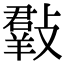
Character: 𣀄